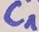
Text: C1